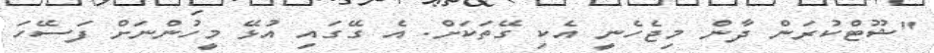
"ޝޫޓްކުރަން ދާން މިޖެހެނީ އެކި ގޭތަކަށް. އެ ގޭގައި އުޅޭ މީހުންނަށް ފަސޭހަ